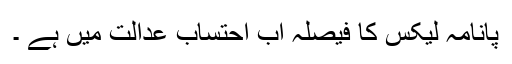
پانامہ لیکس کا فیصلہ اب احتساب عدالت میں ہے ۔